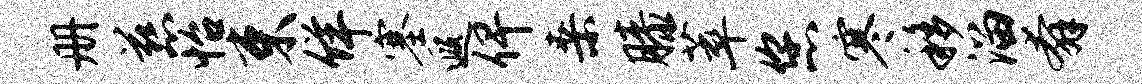
册慈怡束佯塞遐俾桑膝萃您寒移溜奔